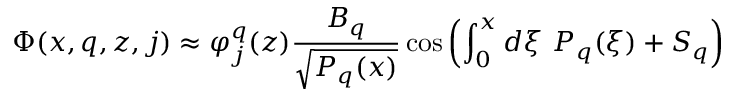
\Phi ( x , q , z , j ) \approx \varphi _ { j } ^ { q } ( z ) \frac { B _ { q } } { \sqrt { P _ { q } ( x ) } } \cos \left( \int _ { 0 } ^ { x } d \xi \ P _ { q } ( \xi ) + S _ { q } \right)